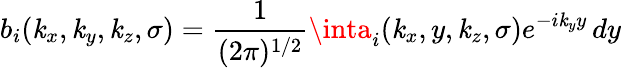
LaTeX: b_{i}(\mathit{k}_{x},\mathit{k}_{y},\mathit{k}_{z},\sigma)=\frac{{1}}{{(2\pi)^{1/2}}}\inta_{i}(\mathit{k}_{x},y,\mathit{k}_{z},\sigma)e^{-i\mathit{k}_{y}y}\, dy